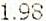
1.98